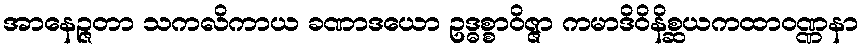
အာနေဉ္ဇတာ သကလိကာယ ခဏာဒယော ဥဒ္ဓစ္စာဝိဇ္ဇာ ကမာဒိဝိနိစ္ဆယကထာဝဏ္ဏနာ